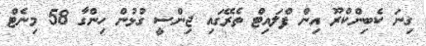
ގިނަ ކެބިންކްރޫ އިން ފްލައިޓް ތެރޭގައި ޖިންސީ ގުޅުން ހިންގާ 58 މިނެޓް